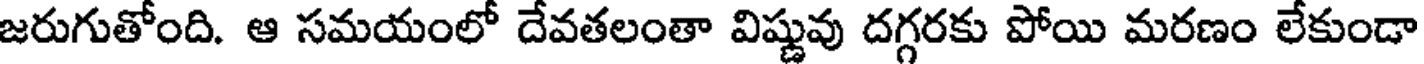
జరుగుతోంది. ఆ సమయంలో దేవతలంతా విష్ణువు దగ్గరకు పోయి మరణం లేకుండా